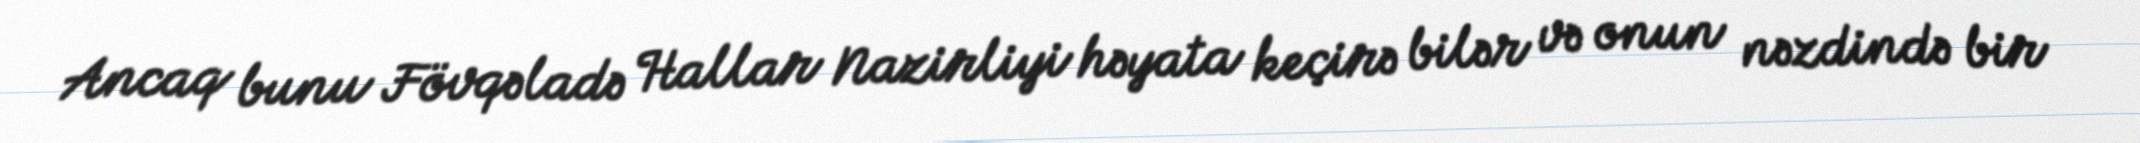
Ancaq bunu Fövqəladə Hallar Nazirliyi həyata keçirə bilər və onun nəzdində bir